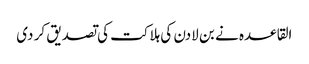
القاعدہ نے بن لادن کی ہلاکت کی تصدیق کر دی